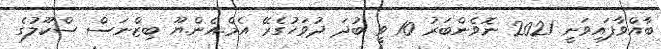
ބާއްވާފައިވަނީ 2021 ނޮވެންބަރު 10 ވީ ބުދަ ދުވަހުގެރޭ އެމް.އެން.ޔޫ ބިޒްނަސް ސްކޫލުގެ